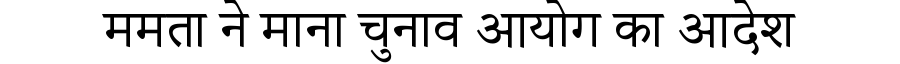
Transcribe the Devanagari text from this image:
ममता ने माना चुनाव आयोग का आदेश